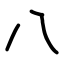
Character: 八